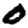
Digit: 0